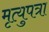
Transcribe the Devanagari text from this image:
मृत्युपत्रा